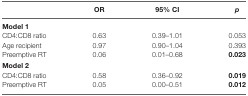
<table><thead><tr><td></td><td><b>OR</b></td><td><b>95% CI</b></td><td><b><i>p</i></b></td></tr></thead><tbody><tr><td><b>Model 1</b></td><td></td><td></td><td></td></tr><tr><td>CD4:CD8 ratio</td><td>0.63</td><td>0.39–1.01</td><td>0.053</td></tr><tr><td>Age recipient</td><td>0.97</td><td>0.90–1.04</td><td>0.393</td></tr><tr><td>Preemptive RT</td><td>0.06</td><td>0.01–0.68</td><td><b>0.023</b></td></tr><tr><td><b>Model 2</b></td><td></td><td></td><td></td></tr><tr><td>CD4:CD8 ratio</td><td>0.58</td><td>0.36–0.92</td><td><b>0.019</b></td></tr><tr><td>Preemptive RT</td><td>0.05</td><td>0.00–0.51</td><td><b>0.012</b></td></tr></tbody></table>